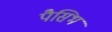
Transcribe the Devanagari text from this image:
पैसिभ